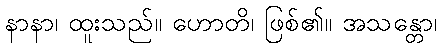
နာနာ၊ ထူးသည်။ ဟောတိ၊ ဖြစ်၏။ အသန္တော၊